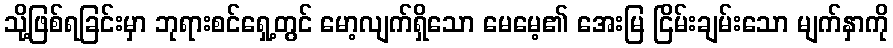
သို့ဖြစ်ရခြင်းမှာ ဘုရားစင်ရှေ့တွင် မော့လျက်ရှိသော မေမေ့၏ အေးမြ ငြိမ်းချမ်းသော မျက်နှာကို